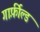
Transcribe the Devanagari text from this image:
गार्फ़ील्ड